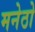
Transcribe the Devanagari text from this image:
मनेठो